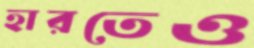
হারতেও